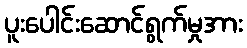
ပူးပေါင်းဆောင်ရွက်မှုအား